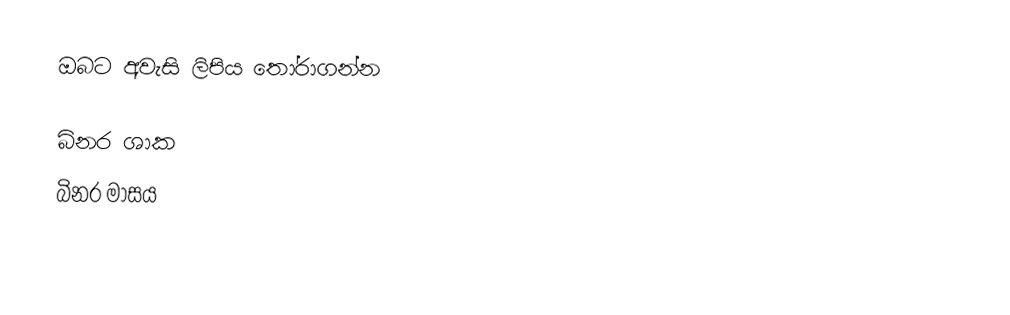
ඔබට අවැසි ලිපිය තෝරාගන්න

 බිනර ශාක
 බිනර මාසය